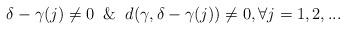
LaTeX: \begin{align*}\delta-\gamma(j)\neq0\And d(\gamma,\delta-\gamma(j))\neq0,\text{}\forall j=1,2,...\end{align*}